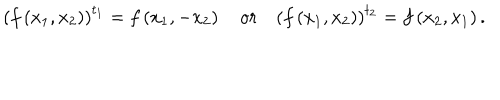
LaTeX: \left( f \left( x _ { 1 } , x _ { 2 } \right) \right) ^ { t _ { 1 } } = f \left( x _ { 1 } , - x _ { 2 } \right) \quad o r \quad \left( f \left( x _ { 1 } , x _ { 2 } \right) \right) ^ { t _ { 2 } } = f \left( x _ { 2 } , x _ { 1 } \right) .